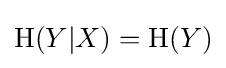
\mathrm {H} (Y|X)=\mathrm {H} (Y)